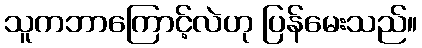
သူကဘာကြောင့်လဲဟု ပြန်မေးသည်။